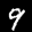
Label: 9